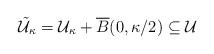
LaTeX: \begin{align*} \tilde{\mathcal{U}}_\kappa = \mathcal{U}_\kappa + \overline{B}(0,\kappa/2) \subseteq \mathcal{U}\end{align*}